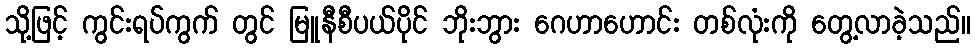
သို့ဖြင့် ကွင်းရပ်ကွက် တွင် မြူနီစီပယ်ပိုင် ဘိုးဘွား ဂေဟာဟောင်း တစ်လုံးကို တွေ့လာခဲ့သည်။